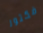
فكتور